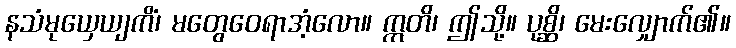
နသံမုယှေယျကိံ၊ မတွေဝေရာအံ့လော။ ဣတိ၊ ဤသို့။ ပုစ္ဆိ၊ မေးလျှောက်၏။